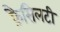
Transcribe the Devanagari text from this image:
फ़ैसिलटी